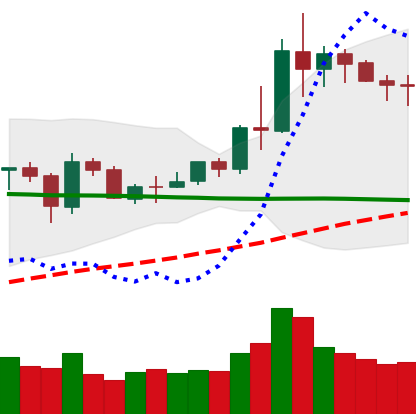
Ticker: NEO-USD
Chart end date: 2020-06-07
Forward return: -7.06%
Label: down_7plus